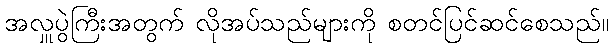
အလှူပွဲကြီးအတွက် လိုအပ်သည်များကို စတင်ပြင်ဆင်စေသည်။